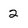
Character: 2